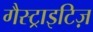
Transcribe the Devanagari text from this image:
गैस्ट्राइटिज़